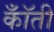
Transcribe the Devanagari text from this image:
कॉँती